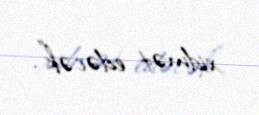
xidmət edəcək”.